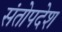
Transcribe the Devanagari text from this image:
संतोपदेश